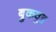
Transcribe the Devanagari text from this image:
ब्रुकवुड